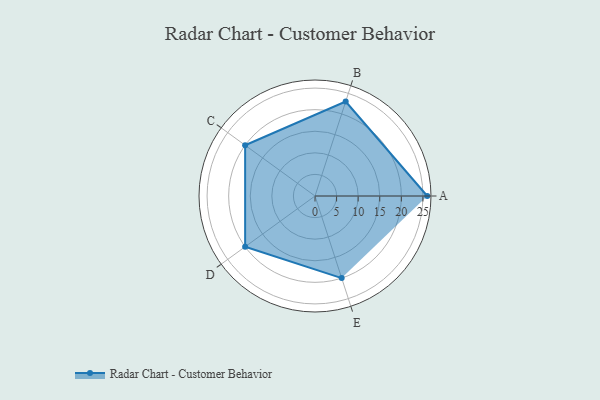
{"axis": {"x": "Skill", "y": "Score"}, "legend": ["Profile"], "data": [{"x": "A", "y": 26.0, "type": "Profile"}, {"x": "B", "y": 23.0, "type": "Profile"}, {"x": "C", "y": 20.0, "type": "Profile"}, {"x": "D", "y": 20, "type": "Profile"}, {"x": "E", "y": 20, "type": "Profile"}]}